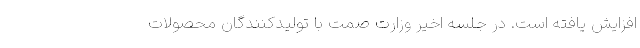
افزایش یافته است. در جلسه اخیر وزارت صمت با تولیدکنندگان محصولات